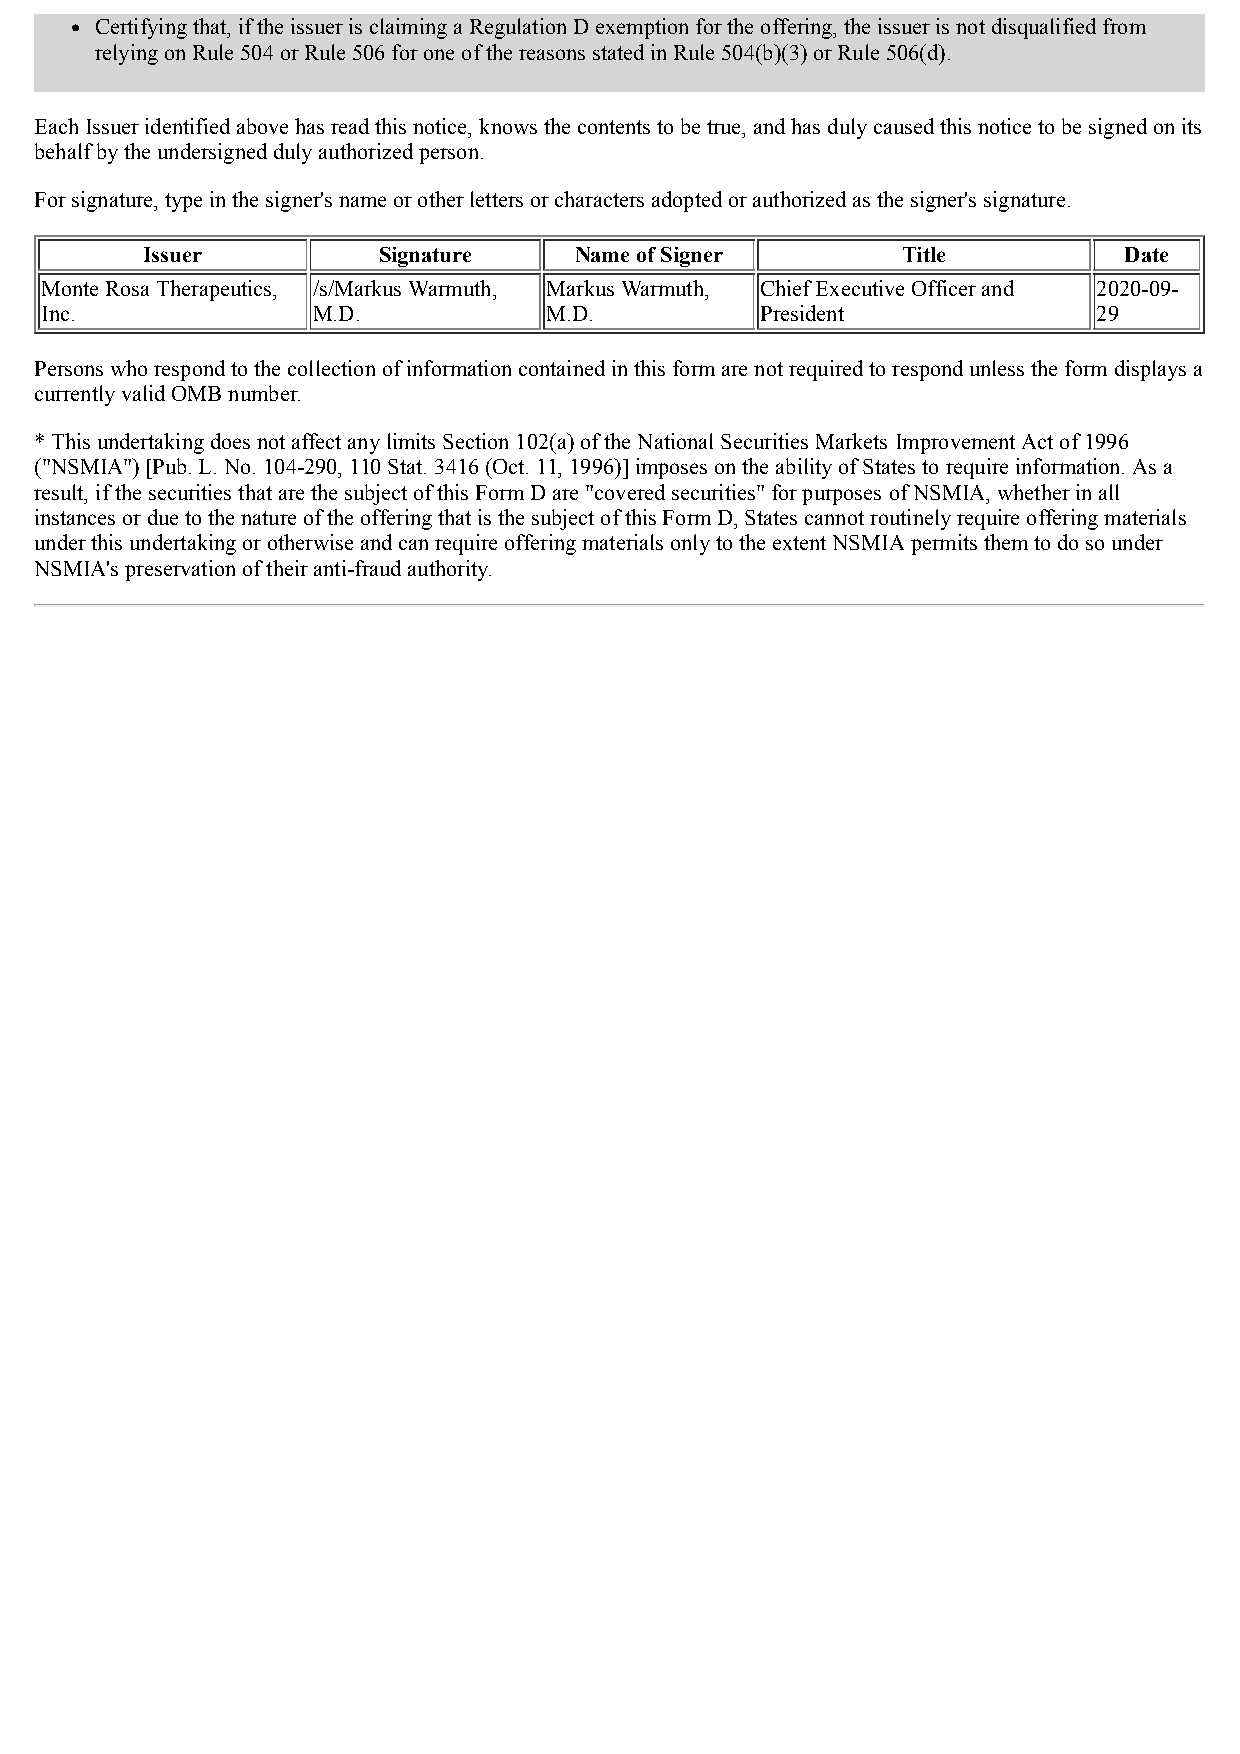
Certifying that, if the issuer is claiming a Regulation D exemption for the offering, the issuer is not disqualified from
 relying on Rule 504 or Rule 506 for one of the reasons stated in Rule 504(b)(3) or Rule 506(d).
 Each Issuer identified above has read this notice, knows the contents to be true, and has duly caused this notice to be signed on its
 behalf by the undersigned duly authorized person.
 For signature, type in the signer's name or other letters or characters adopted or authorized as the signer's signature.
 Issuer          Signature    Name of Signer        Title         Date
 Monte Rosa Therapeutics, /s/Markus Warmuth, Markus Warmuth, Chief Executive Officer and 2020-09-
 Inc.              M.D.           M.D.          President              29
 Persons who respond to the collection of information contained in this form are not required to respond unless the form displays a
 currently valid OMB number.
 * This undertaking does not affect any limits Section 102(a) of the National Securities Markets Improvement Act of 1996
 ("NSMIA") [Pub. L. No. 104-290, 110 Stat. 3416 (Oct. 11, 1996)] imposes on the ability of States to require information. As a
 result, if the securities that are the subject of this Form D are "covered securities" for purposes of NSMIA, whether in all
 instances or due to the nature of the offering that is the subject of this Form D, States cannot routinely require offering materials
 under this undertaking or otherwise and can require offering materials only to the extent NSMIA permits them to do so under
 NSMIA's preservation of their anti-fraud authority.